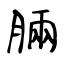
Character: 脼